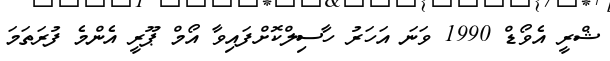
ޝްރީ އެވޯޑް 1990 ވަނަ އަހަރު ހާސިލްކޮށްފައިވާ އޯމް ޕޫރީ އެންމެ ފުރަތަމަ